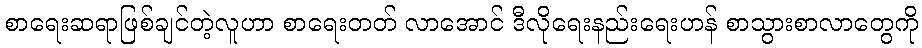
စာရေးဆရာဖြစ်ချင်တဲ့လူဟာ စာရေးတတ် လာအောင် ဒီလိုရေးနည်းရေးဟန် စာသွားစာလာတွေကို